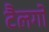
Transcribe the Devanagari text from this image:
टैलगो